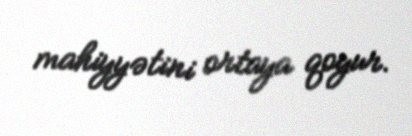
mahiyyətini ortaya qoyur.